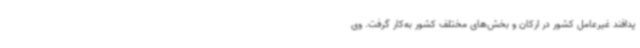
پدافند غیرعامل کشور در ارکان و بخش‌های مختلف کشور به‌کار گرفت. وی